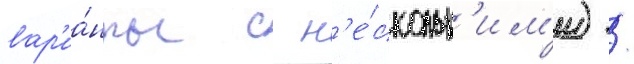
вар'иа́нты с н'е́скольк'им'и) /